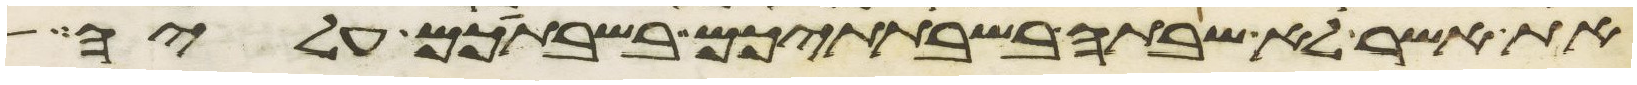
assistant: את אשר לא שבתה בשבתתיכם בשבתכם עליה